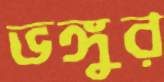
ভঙ্গুর